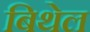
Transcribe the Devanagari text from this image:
बिथेल